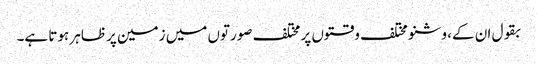
بقول ان کے، وشنو مختلف وقتوں پر مختلف صورتوں میں زمین پر ظاہر ہوتا ہے۔